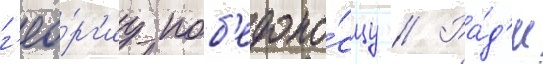
г'ео́рг'иу поб'едоно́сцу // Ра́д'и